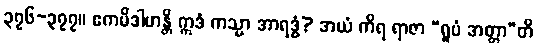
၃၇၆-၃၇၇။ ဧကမိဒါဟန္တိ ဣဒံ ကသ္မာ အာရဒ္ဓံ? အယံ ကိရ ရာဇာ “ရူပံ အတ္တာ”တိ